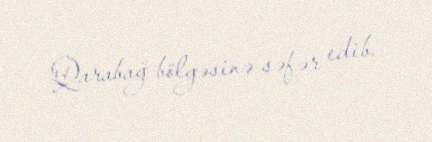
Qarabağ bölgəsinə səfər edib.